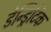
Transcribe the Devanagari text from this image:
डेन्ड्रिटिक